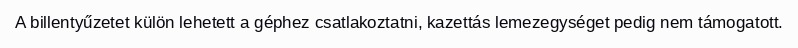
A billentyűzetet külön lehetett a géphez csatlakoztatni, kazettás lemezegységet pedig nem támogatott.